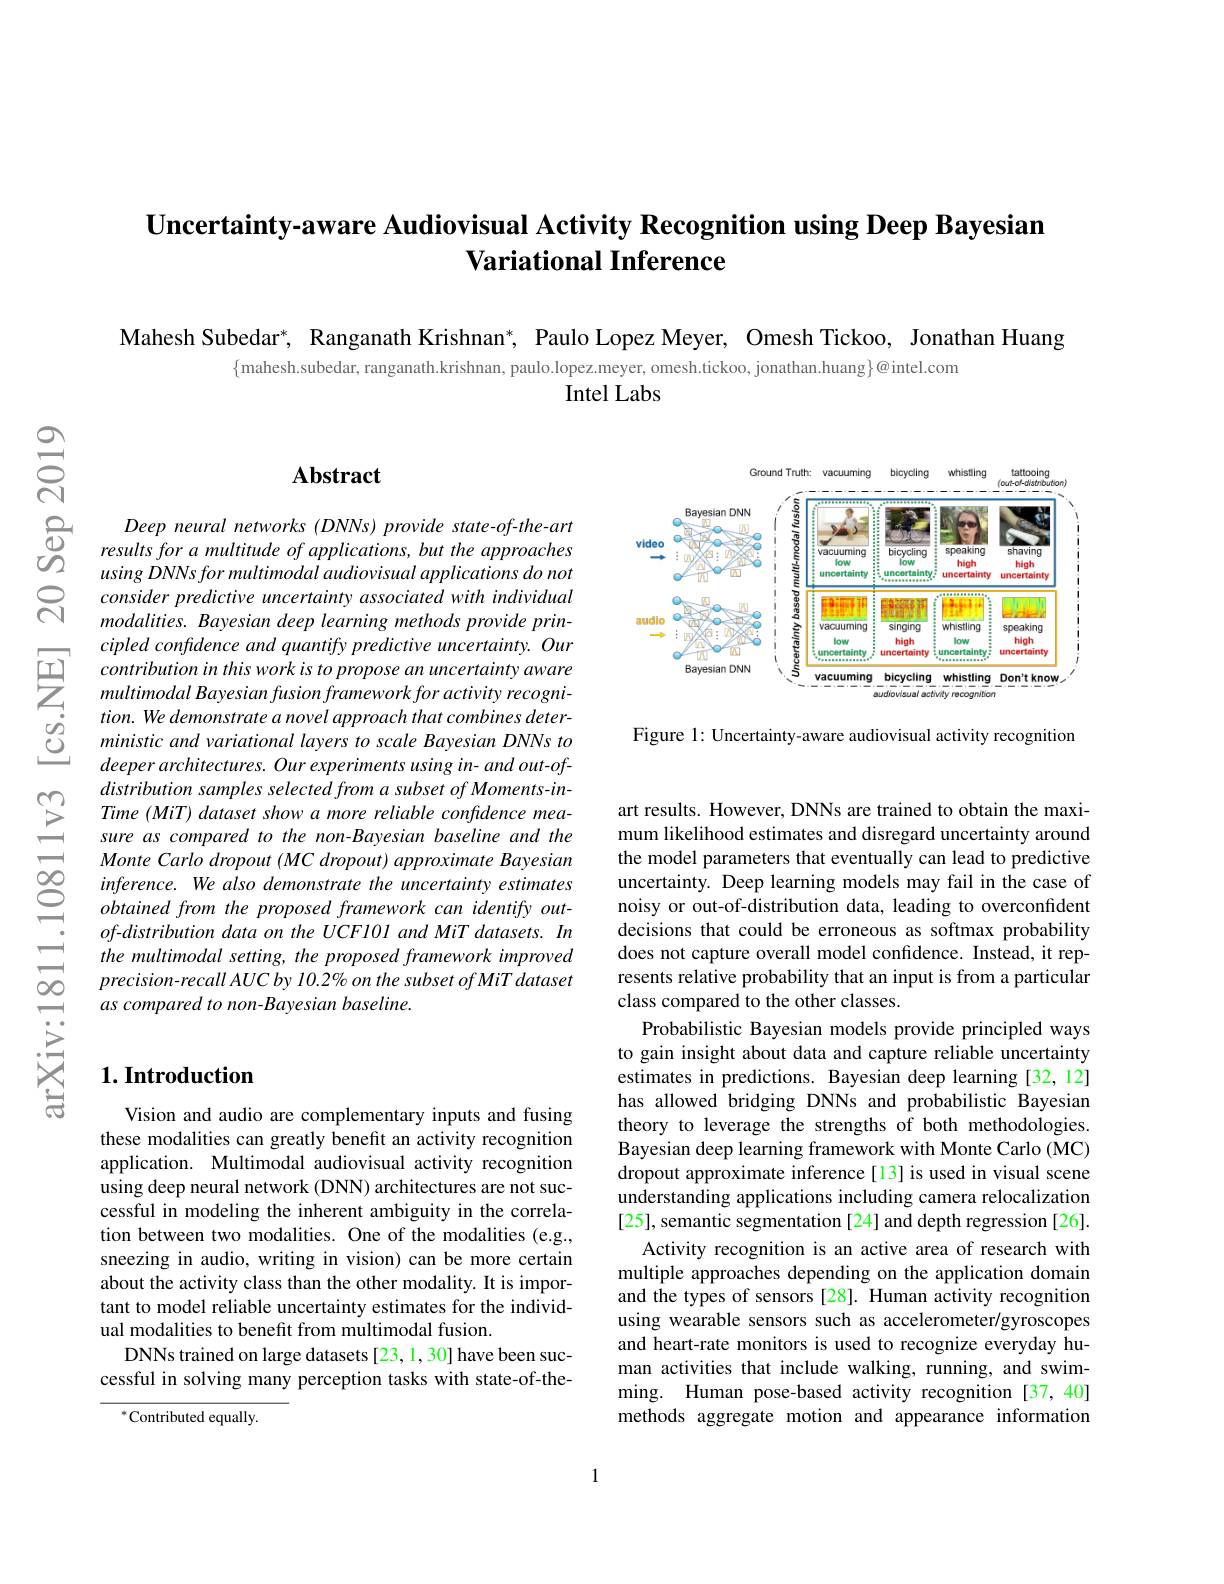
# $\textbf{Uncertainty- aware Audiovisual Activity Recognition using Deep Bayesian}$ Variational Inference

Mahesh Subedar*, Ranganath Krishnan*, Paulo Lopez Meyer, Omesh Tickoo, Jonathan Huang
$\{$ mahesh.subedar, ranganath.krishnan, paulo.lopez.meyer, omesh.tickoo, jonathan.huang}g}@intel.com}
Intel Labs

$ଶ୍ନି$

## $\mathbf{Abstract}$

$\begin{array}{cc}{\text{Deep neural networks (DNNs) provide state-of-the-art}\\{\textcircled{0}}}{\text{results for a multitude of applications, but the approaches}}\\{\textcircled{0}}&{\text{results for a multitude of applications, but the approaches}}\\{\textcircled{0}}&{\text{results for a}}\end{array}{\mathrm{ding~liondiond~and~annd}}$
usingDNNsformultimodalaudiovisualapplicationsdonot consider predictive uncertainty associated with individual modalities. Bayesian deep learning methods provide principled confidence and quantify predictive uncertainty. Our contribution in this work is to propose an uncertainty aware multimodal Bayesian fusion framework for activity recognition. We demonstrate a novel approach that combines deterministic and variational layers to scale Bayesian DNNs to deeper architectures. Our experiments using in- and out-ofdistribution samples selected from a subset of Moments-inTime (MiT) dataset show a more reliable confidence measure as compared to the non-Bayesian baseline and the Monte Carlo dropout (MC dropout) approximate Bayesian inference. We also demonstrate the uncertainty estimates obtained from the proposed framework can identify out- $of-distribution$ data on the UCF101 and MiT datasets. In the multimodal setting, the proposed framework improved precision-recall AUC by 10.2% on the subset of MiT dataset as compared to non- Bayesian baseline.

## $1. \textbf{Introduction}$

Vision and audio are complementary inputs and fusing these modalities can greatly benefit an activity recognition application. Multimodal audiovisual activity recognition using deep neural network (DNN) architectures are not successful in modeling the inherent ambiguity in the correlation between two modalities. One of the modalities (e.g., sneezing in audio, writing in vision) can be more certain about the activity class than the other modality. It is important to model reliable uncertainty estimates for the individual modalities to benefit from multimodal fusion.
DNNs trained on large datasets [23, 1, 30] have been successful in solving many perception tasks with state-of-the-

$^{*}$Contributed equally.

<FigureHere>

Figure 1: Uncertainty-aware audiovisual activity recognition

art results. However, DNNs are trained to obtain the maximum likelihood estimates and disregard uncertainty around the model parameters that eventually can lead to predictive uncertainty. Deep learning models may fail in the case of noisy or out-of-distribution data, leading to overconfident decisions that could be erroneous as softmax probability does not capture overall model confidence. Instead, it represents relative probability that an input is from a particular class compared to the other classes.
Probabilistic Bayesian models provide principled ways to gain insight about data and capture reliable uncertainty estimates in predictions. Bayesian deep learning [32,12] has allowed bridging DNNs and probabilistic Bayesian theory to leverage the strengths of both methodologies. Bayesian deep learning framework with Monte Carlo (MC) dropout approximate inference[13] is used in visual scene understanding applications including camera relocalization [25], semantic segmentation [24] and depth regression [26].
Activity recognition is an active area of research with multiple approaches depending on the application domain and the types of sensors [28]. Human activity recognition using wearable sensors such as accelerometer/gyroscopes and heart-rate monitors is used to recognize everyday human activities that include walking, running, and swimming. Human pose-based activity recognition [37,40] methods aggregate motion and appearance information

1